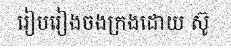
រៀបរៀងចងក្រងដោយ ស៊ូ